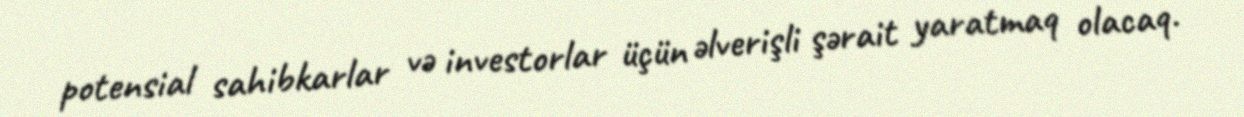
potensial sahibkarlar və investorlar üçün əlverişli şərait yaratmaq olacaq.